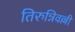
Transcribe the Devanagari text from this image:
तिरुन्निवल्ली